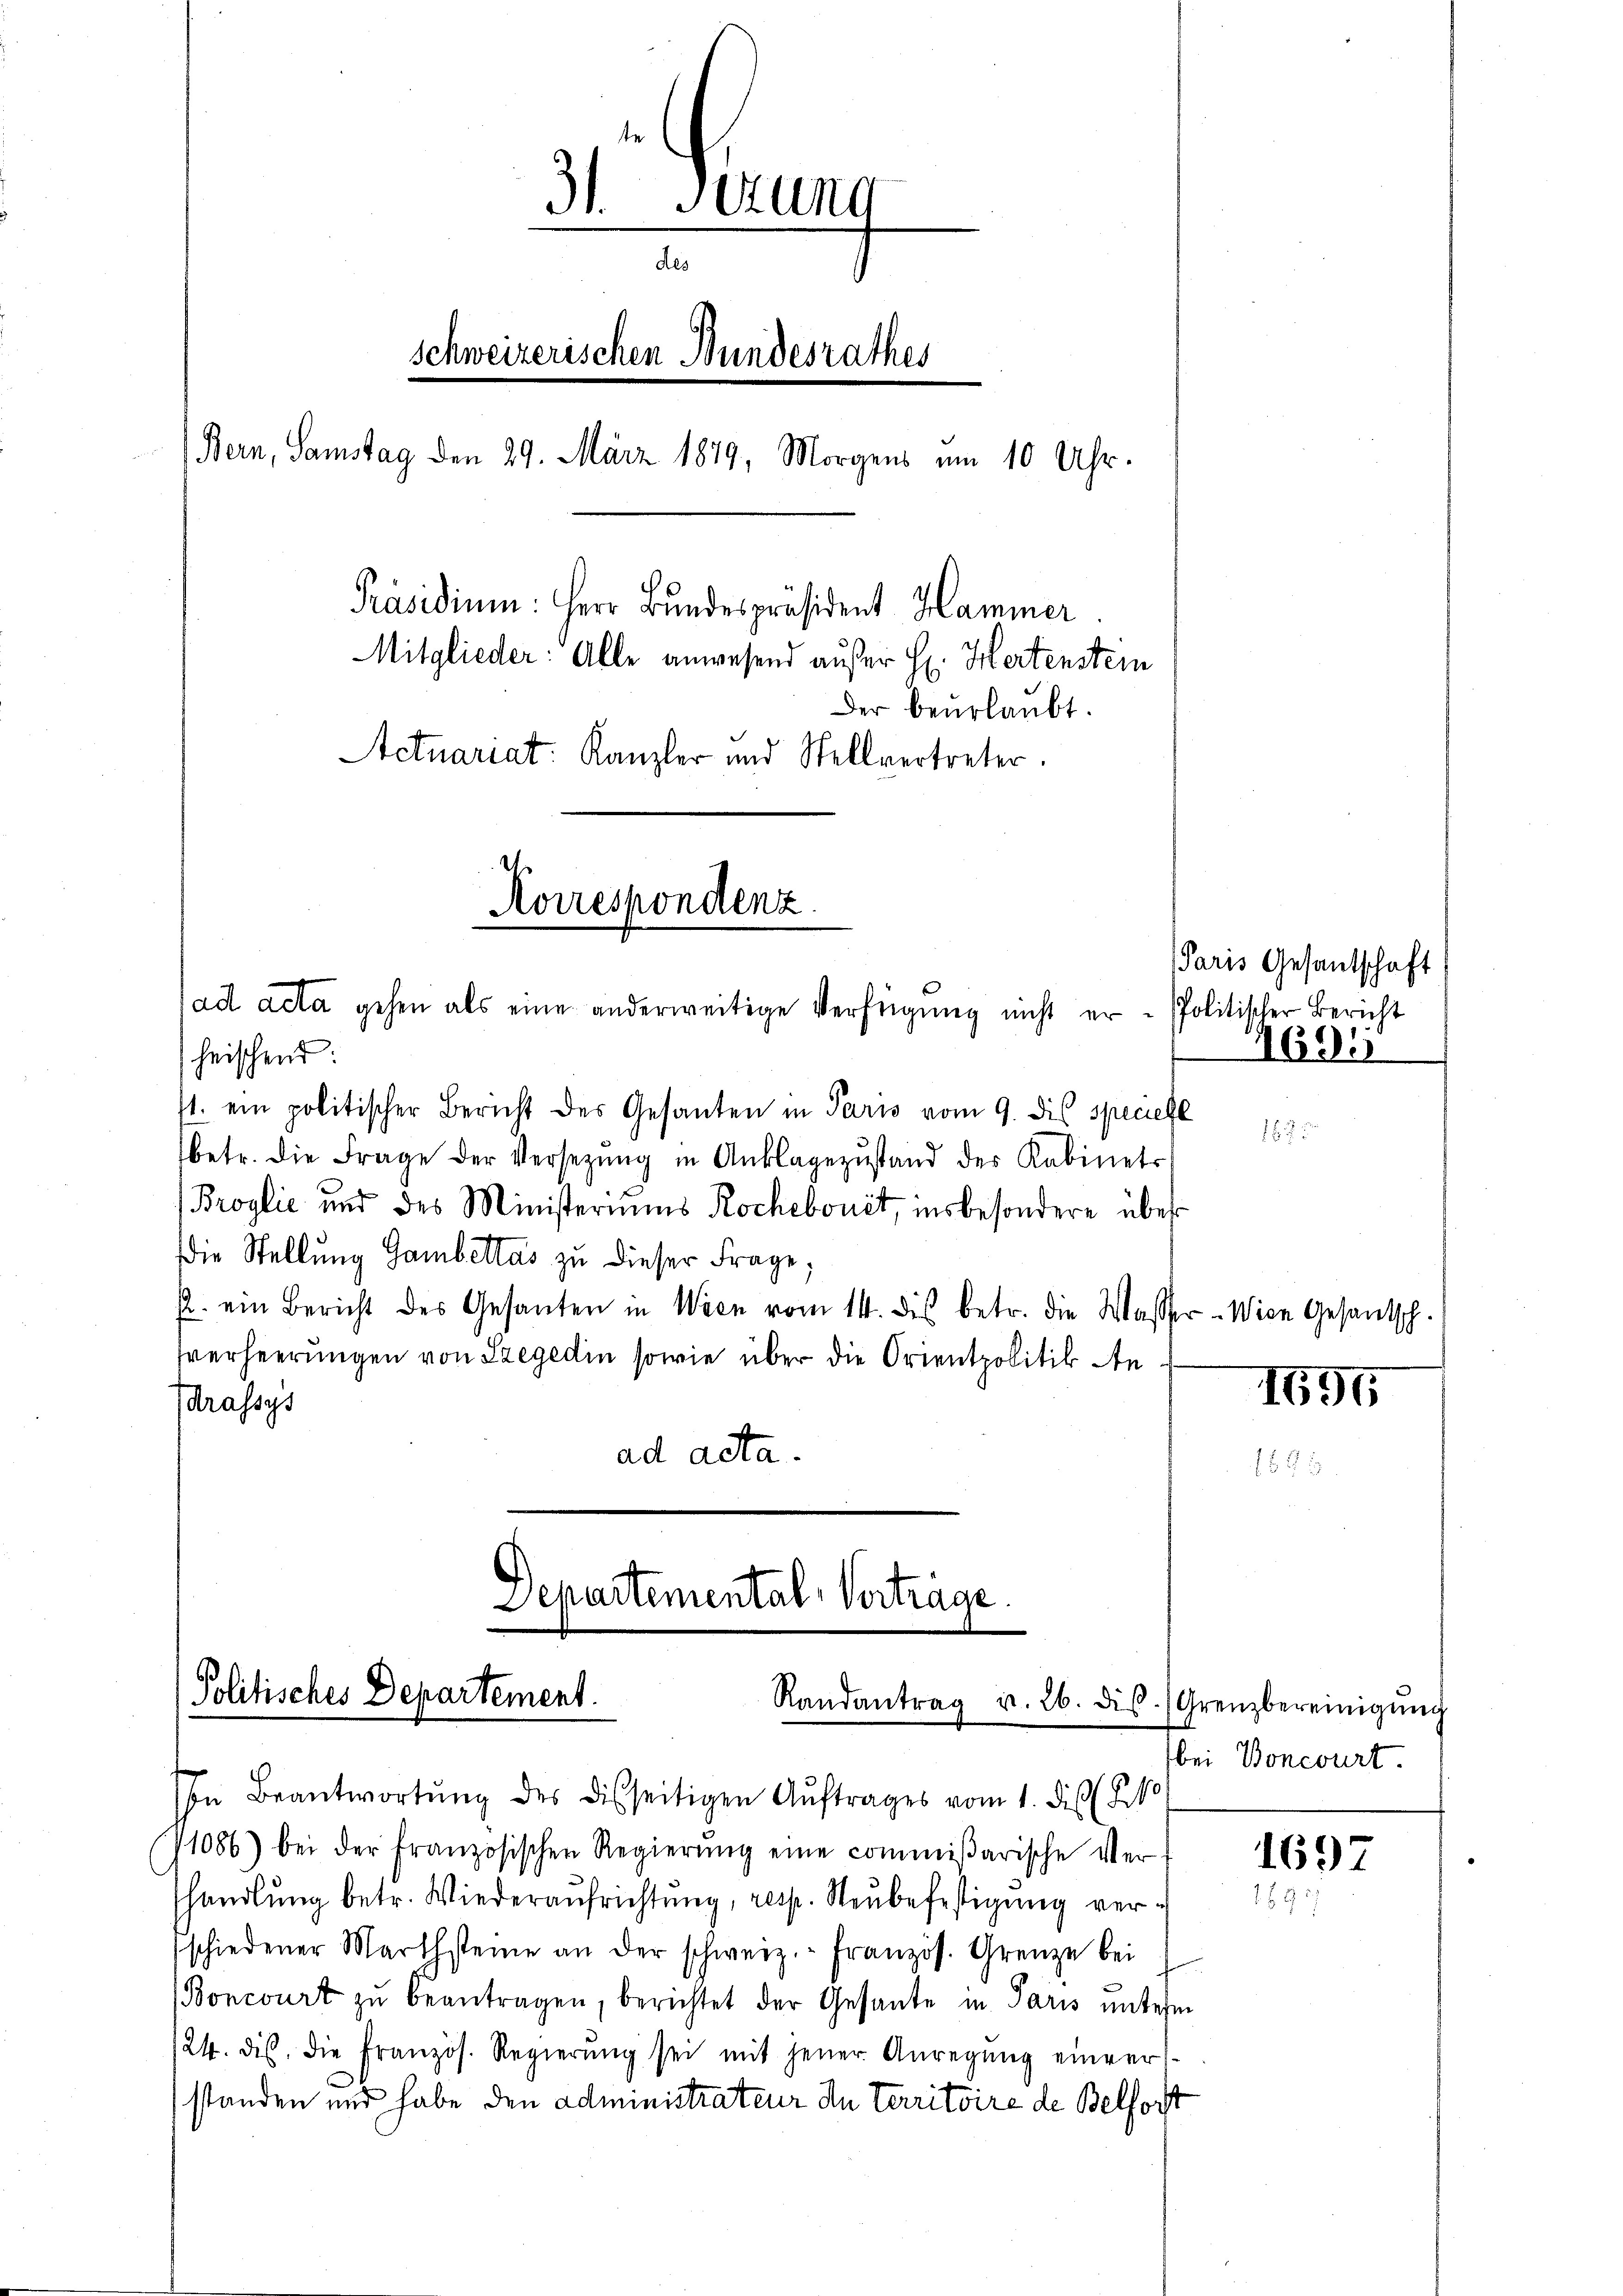
31. Jezung
des
schweizerischen Bundesrathes
(Bern, Samstag den 29. März 1879, Morgens um 10 Uhr.
Präsidium: Herr Bundespräsident Hammer
Mitglieder: Alle anwesend außer H. Hertenstein
Der beurlaubt.
Actuariat. Kanzler und Stellvertreter.
Korrespondenz.
d
ad acta gehen als eine anderweitige Verfügung nicht er - Politischer Bericht
heischend:

11. ein politischer Bericht des Gesanten in Paris vom 9. dis speciell
betr. die Frage der Versetzŭng in Anklagezustand des Kabinets
Broglić und des Ministeriums Rochebouit, insbesondere über¬
Die Stellung Gambettas zu dieser Frage,
p. ein Bericht des Gesanten in Wien vom 14. dis betr. die Wasser-Wien Gesantsch-
sverheerungen von Szegedin sowie über die Orientpolitik An
drassys
ad acta.

Departemental Verträge
Politisches Departement.
Randantrag v. 26. ds. Grenzbereinigŭng

Paris Gesandtschaft
1695

In Beantwortŭng des disseitigen Aŭftrages vom 1. dies
11086) bei der französischen Regierŭng eine commißarische Ver-
handlung betr. Wiederaufrichtung, resp. Neubefestigung verschiedener Marthsteine an der schweiz.- Französ. Grenze bei
(Boncourt zŭ beantragen, berichtet der Gesante in Paris unterm
124. ds. die französ. Regierŭng sei mit jener Anregŭng einver
standen und habe den Administrateur In Territoire de Belfort

1695

bei Boncourt.

1697
189: